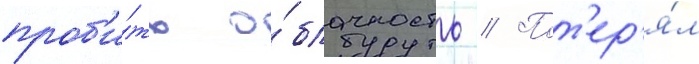
проб'и́ть о́блачность // Пот'ер'я́л